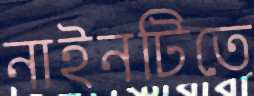
নাইনটিতে